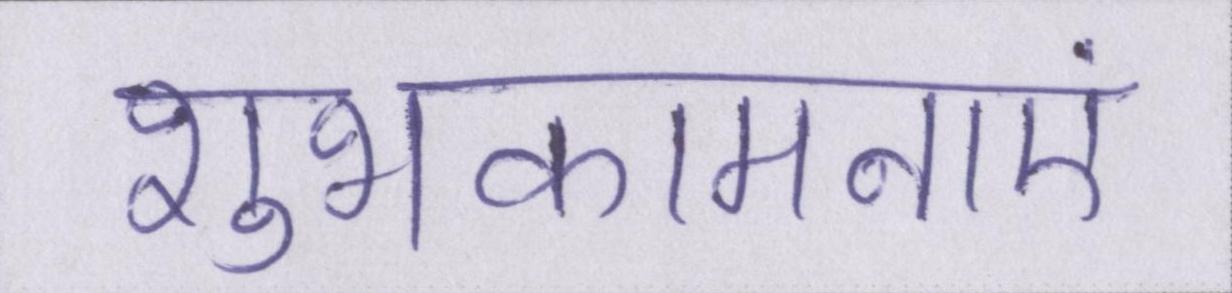
शुभकामनाएं